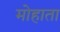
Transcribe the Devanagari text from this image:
मोहाता